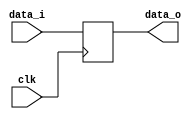
module REG(data_o, data_i ,clk);
	input clk;
	input		[2:0]	data_i;
	output	[2:0]	data_o;
	
	// Declare ports' data type
	wire		clk;
	wire 		[2:0]	data_i;
	reg 		[2:0]	data_o;
	
	//Function description
	always @ (posedge clk) begin
		// Block of codes need to be executed
		// Use "<=" in sequential circuits
		// Use "=" in combinational circuits
		data_o <= data_i;
	end
endmodule